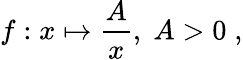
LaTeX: f:x\mapsto{\frac{A}{x}},\; A>0\; ,